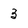
Character: 3